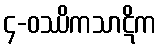
၄-ဝဿိကသာဋိက